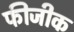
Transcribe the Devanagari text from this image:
फीजीक